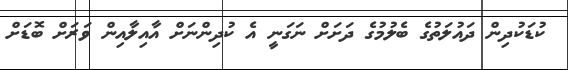
ކުޑަކުދިން ދައުލަތުގެ ބެލުމުގެ ދަށަށް ނަގަނީ އެ ކުދިންނަށް އާއިލާއިން ވަރަށް ބޮޑަށް